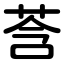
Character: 莟